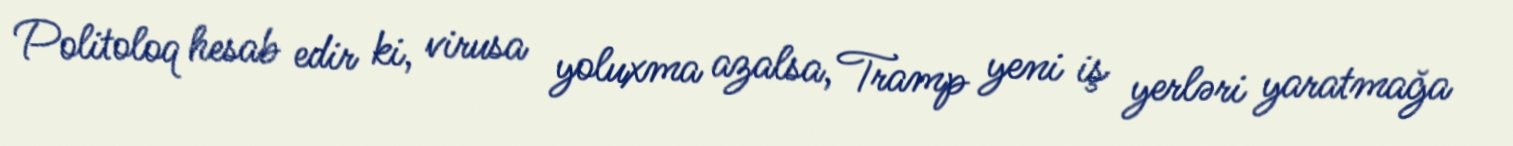
Politoloq hesab edir ki, virusa yoluxma azalsa, Tramp yeni iş yerləri yaratmağa